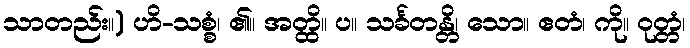
သာတည်း။) ဟိ-သစ္စံ၊ ၏။ အတ္ထိ။ ပ။ သင်္ခတန္တိ၊ သော။ ဧတံ၊ ကို။ ဝုတ္တံ၊